Bréfritari: Lárus Bjarnason
Dagsetning: A-1876-05-06
Skrifað á: Vesturheimi

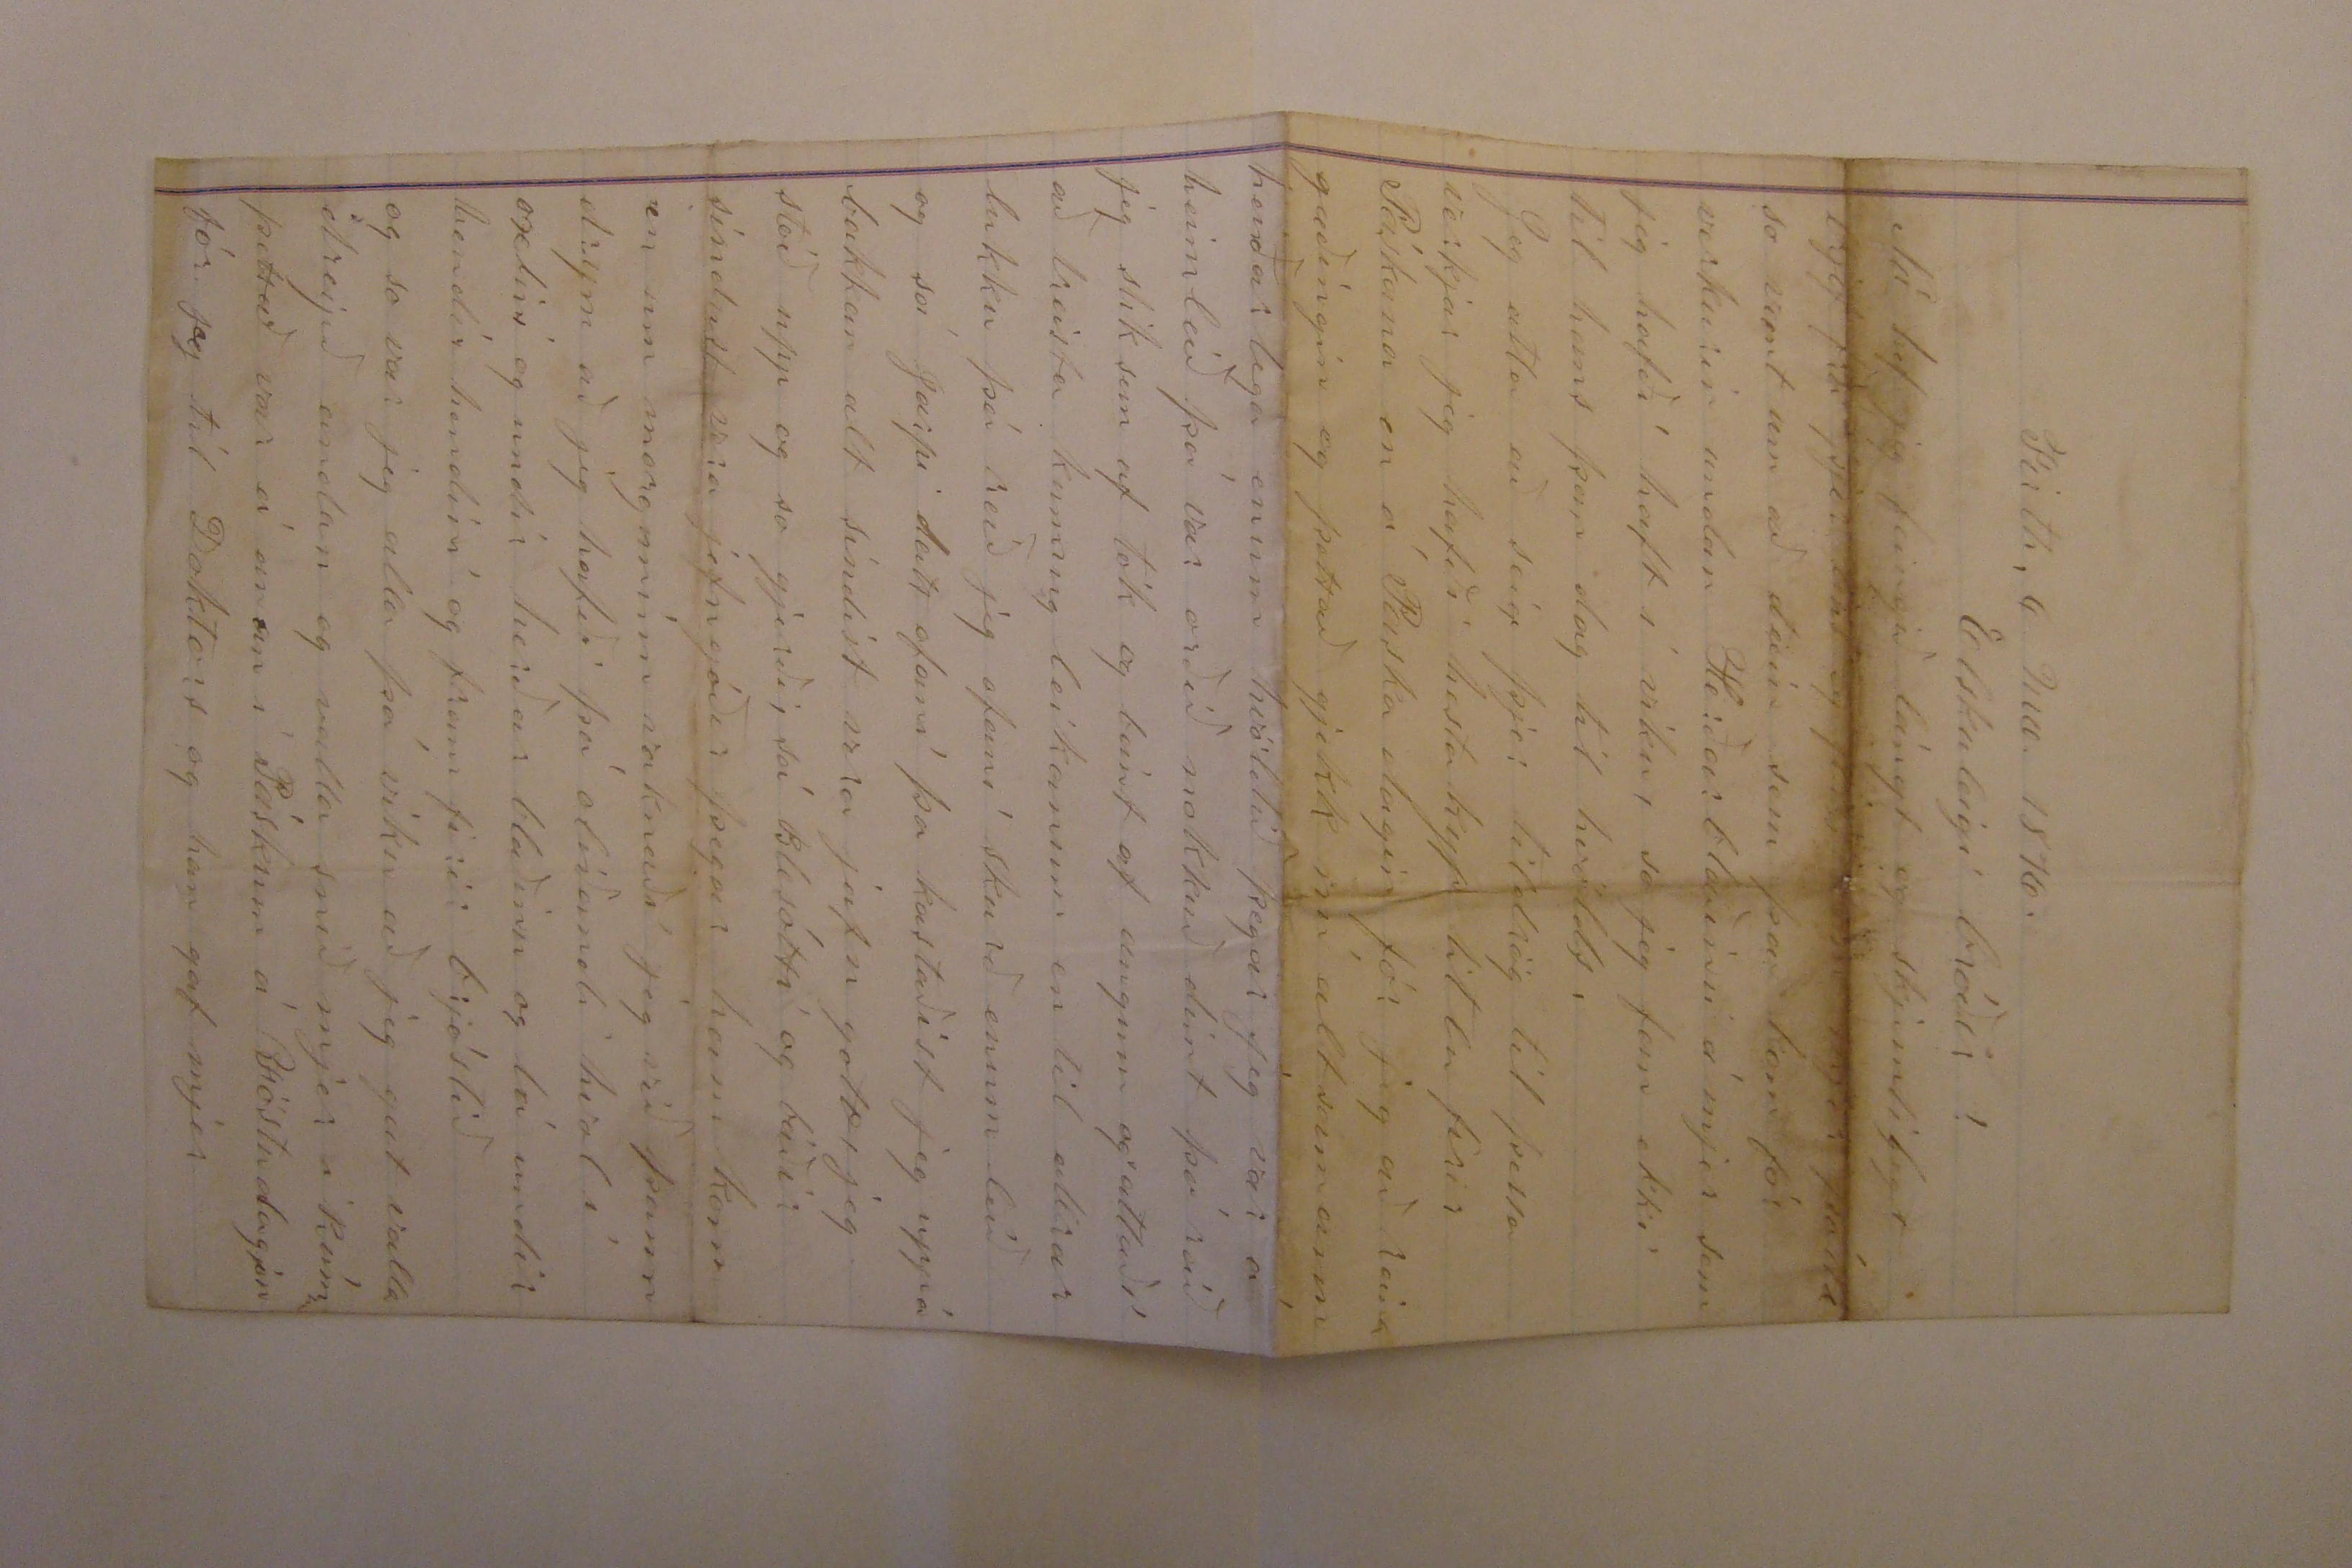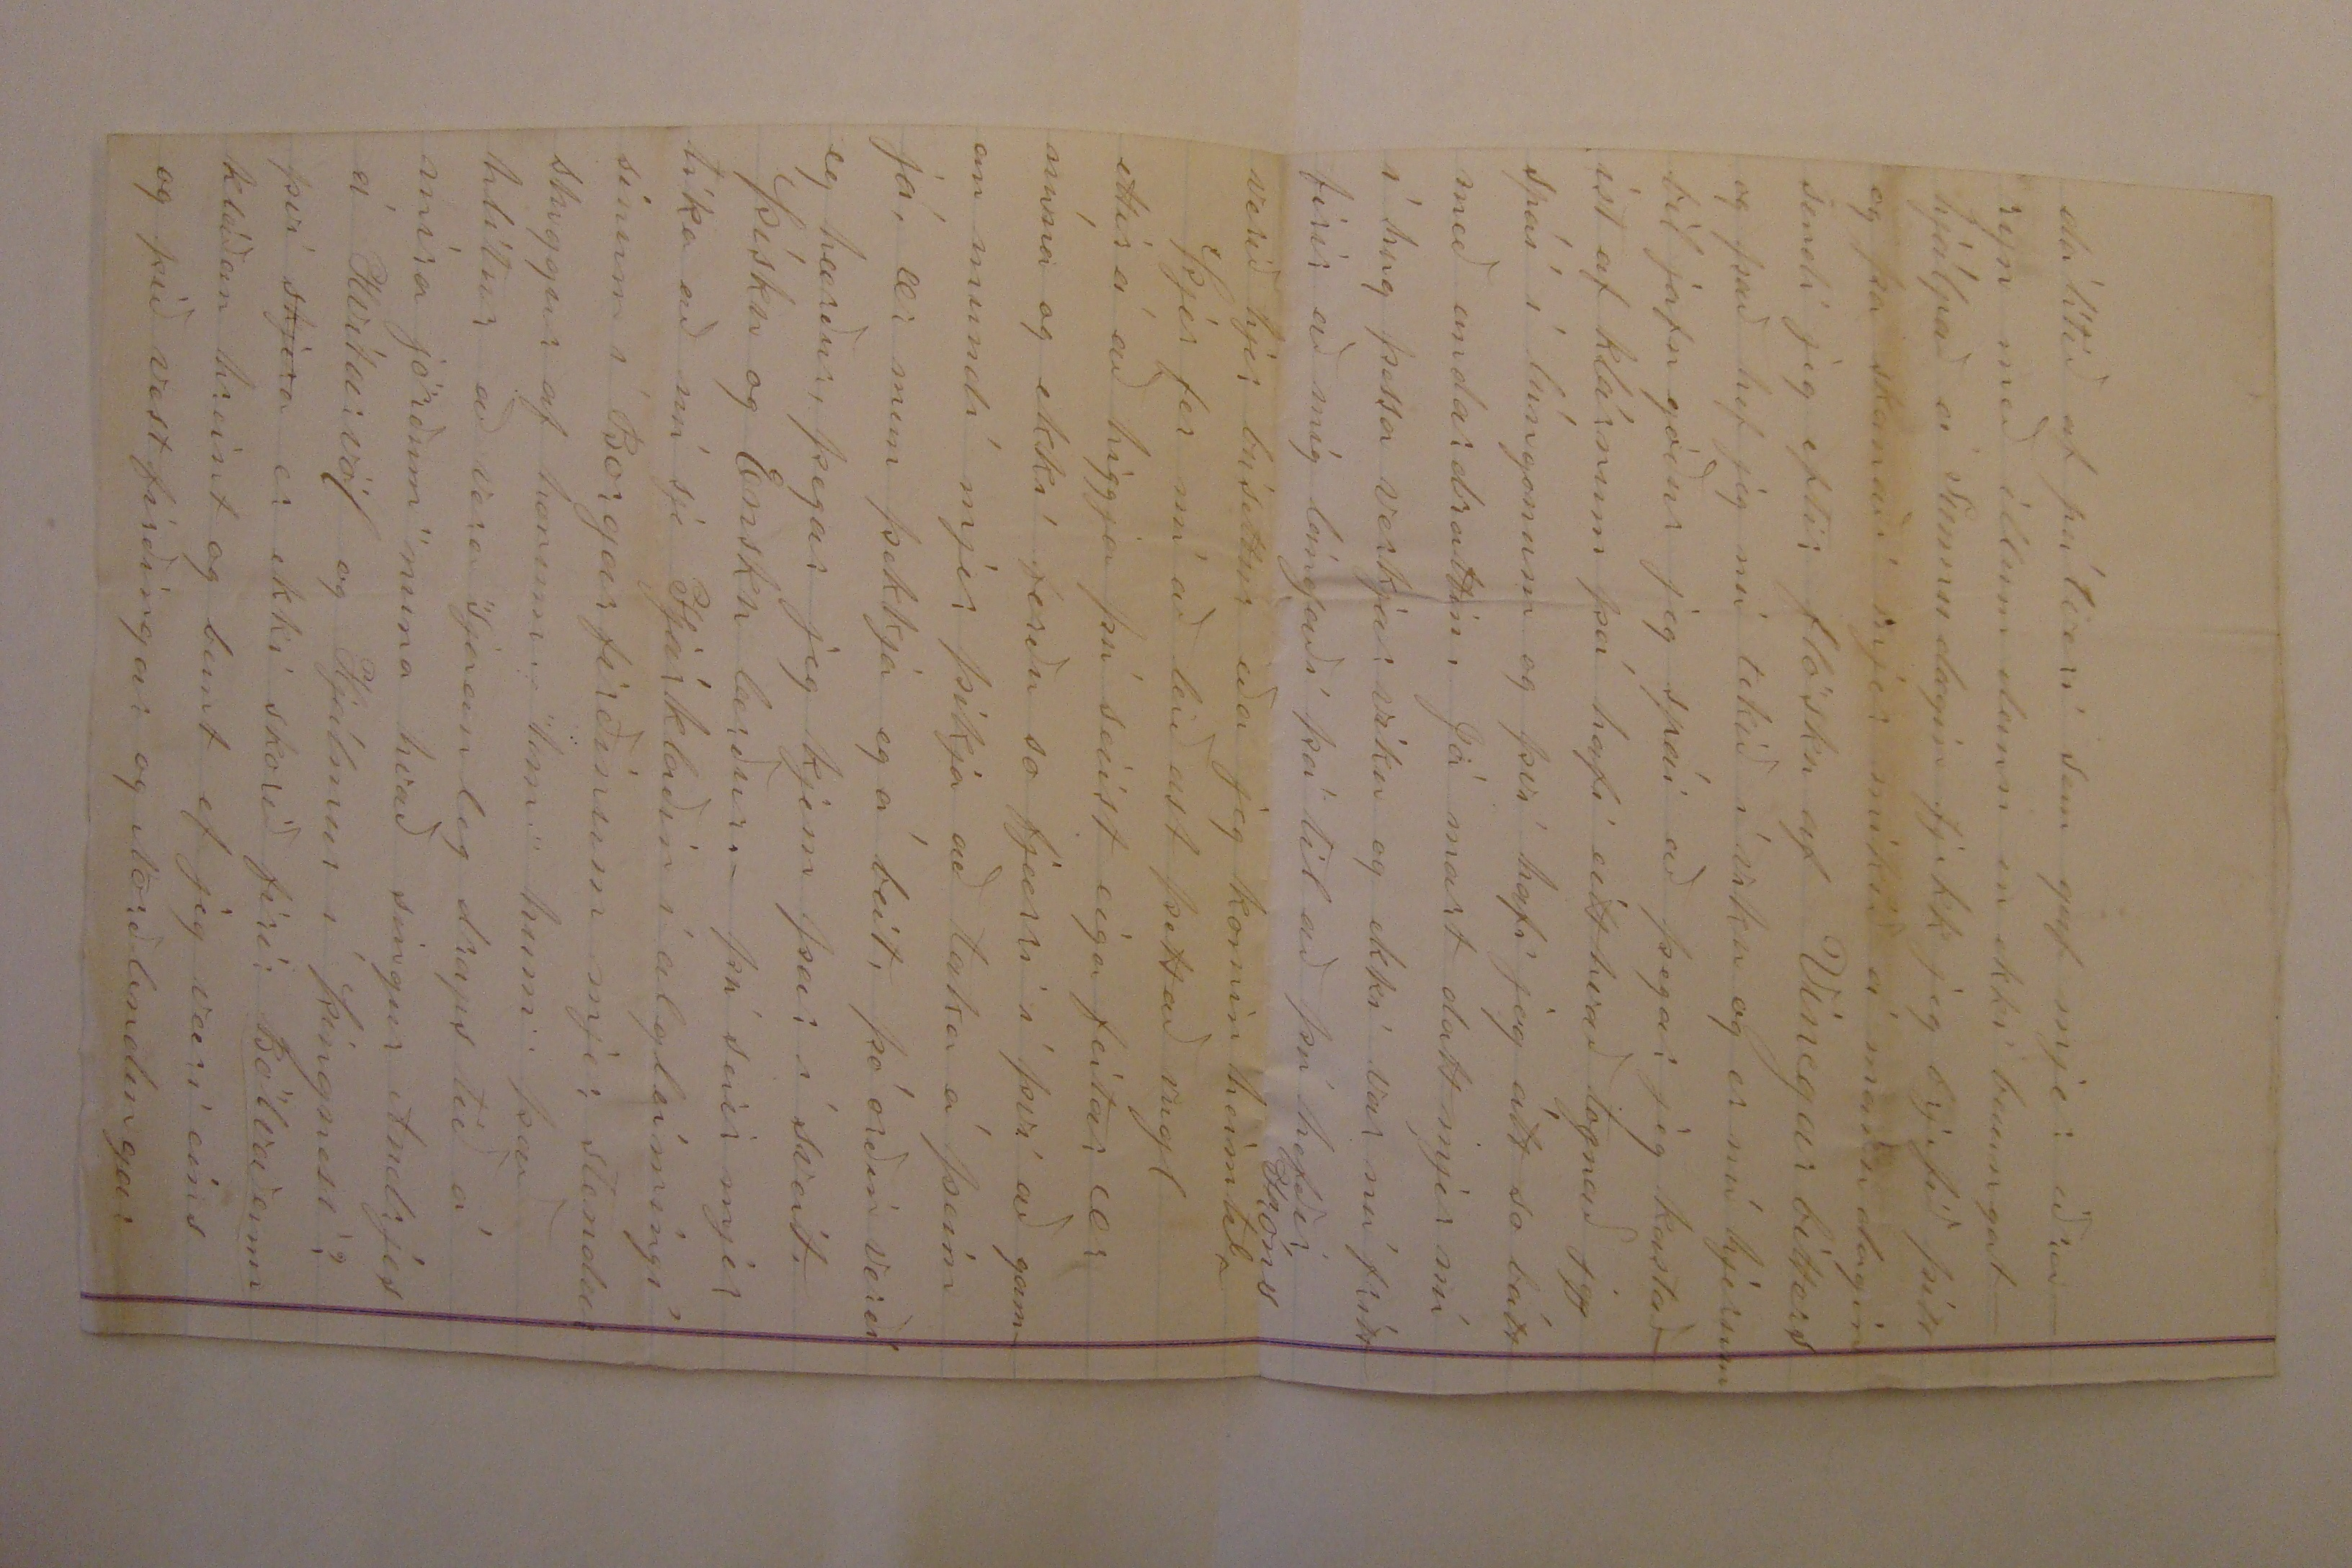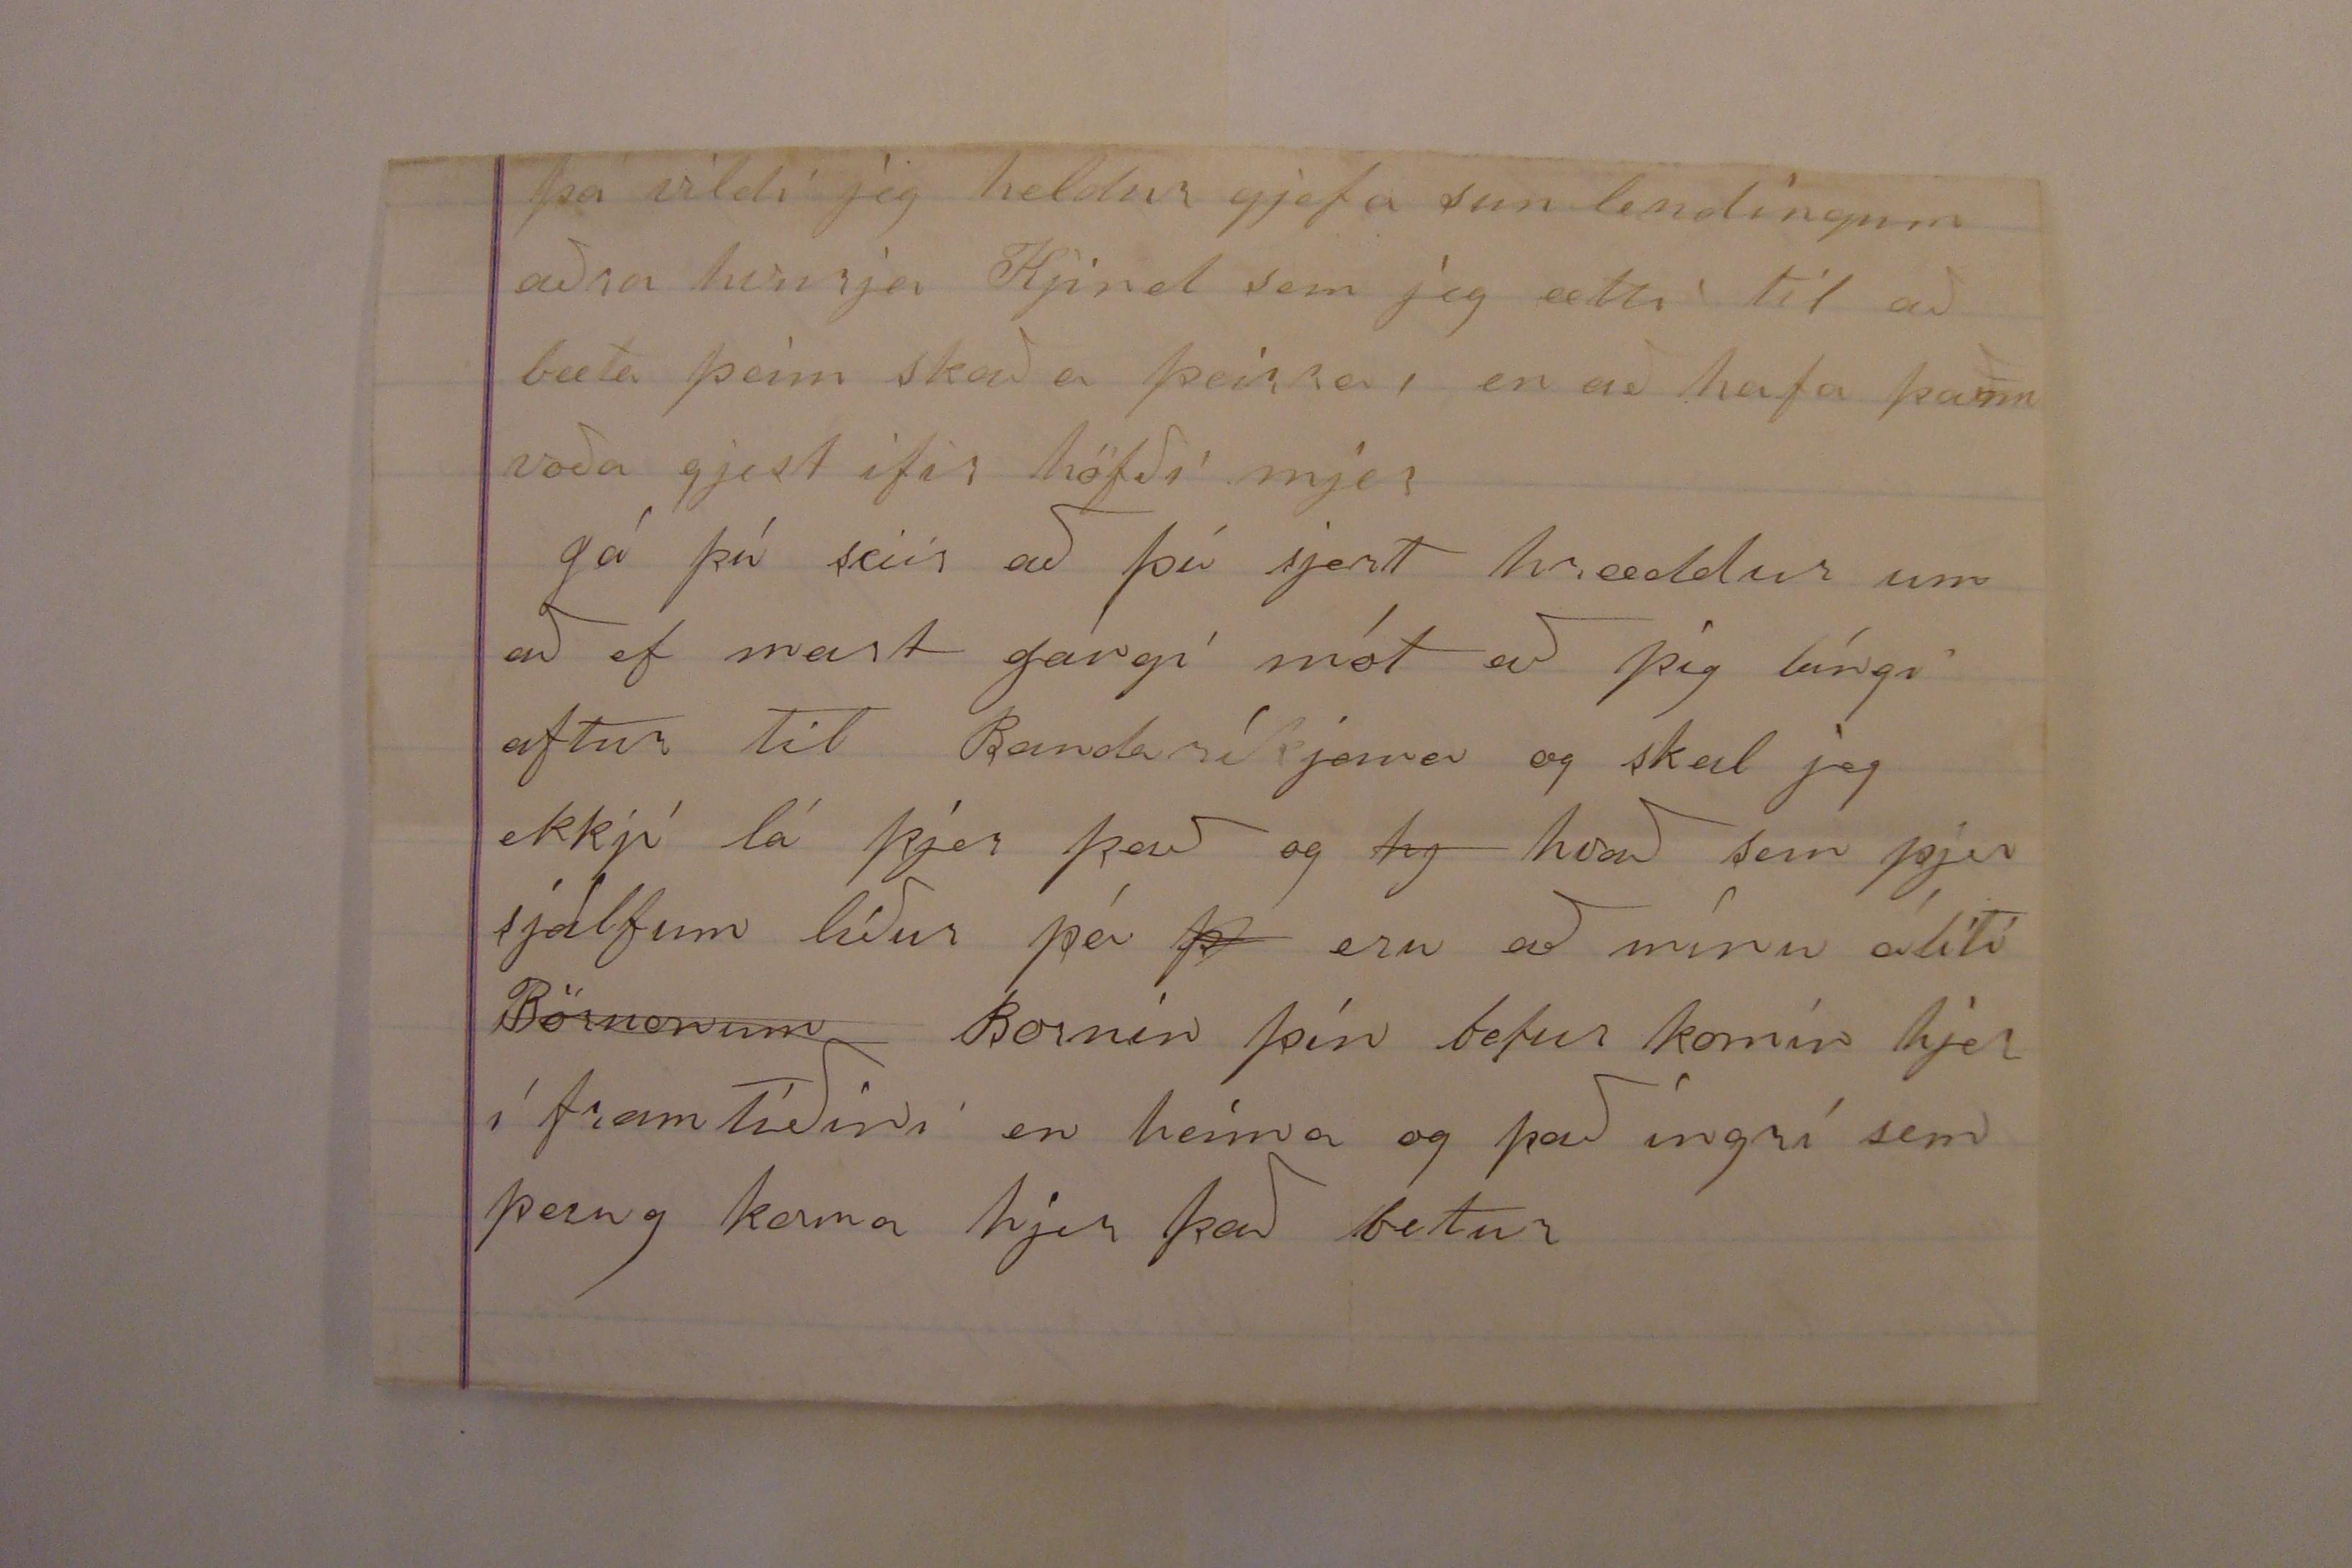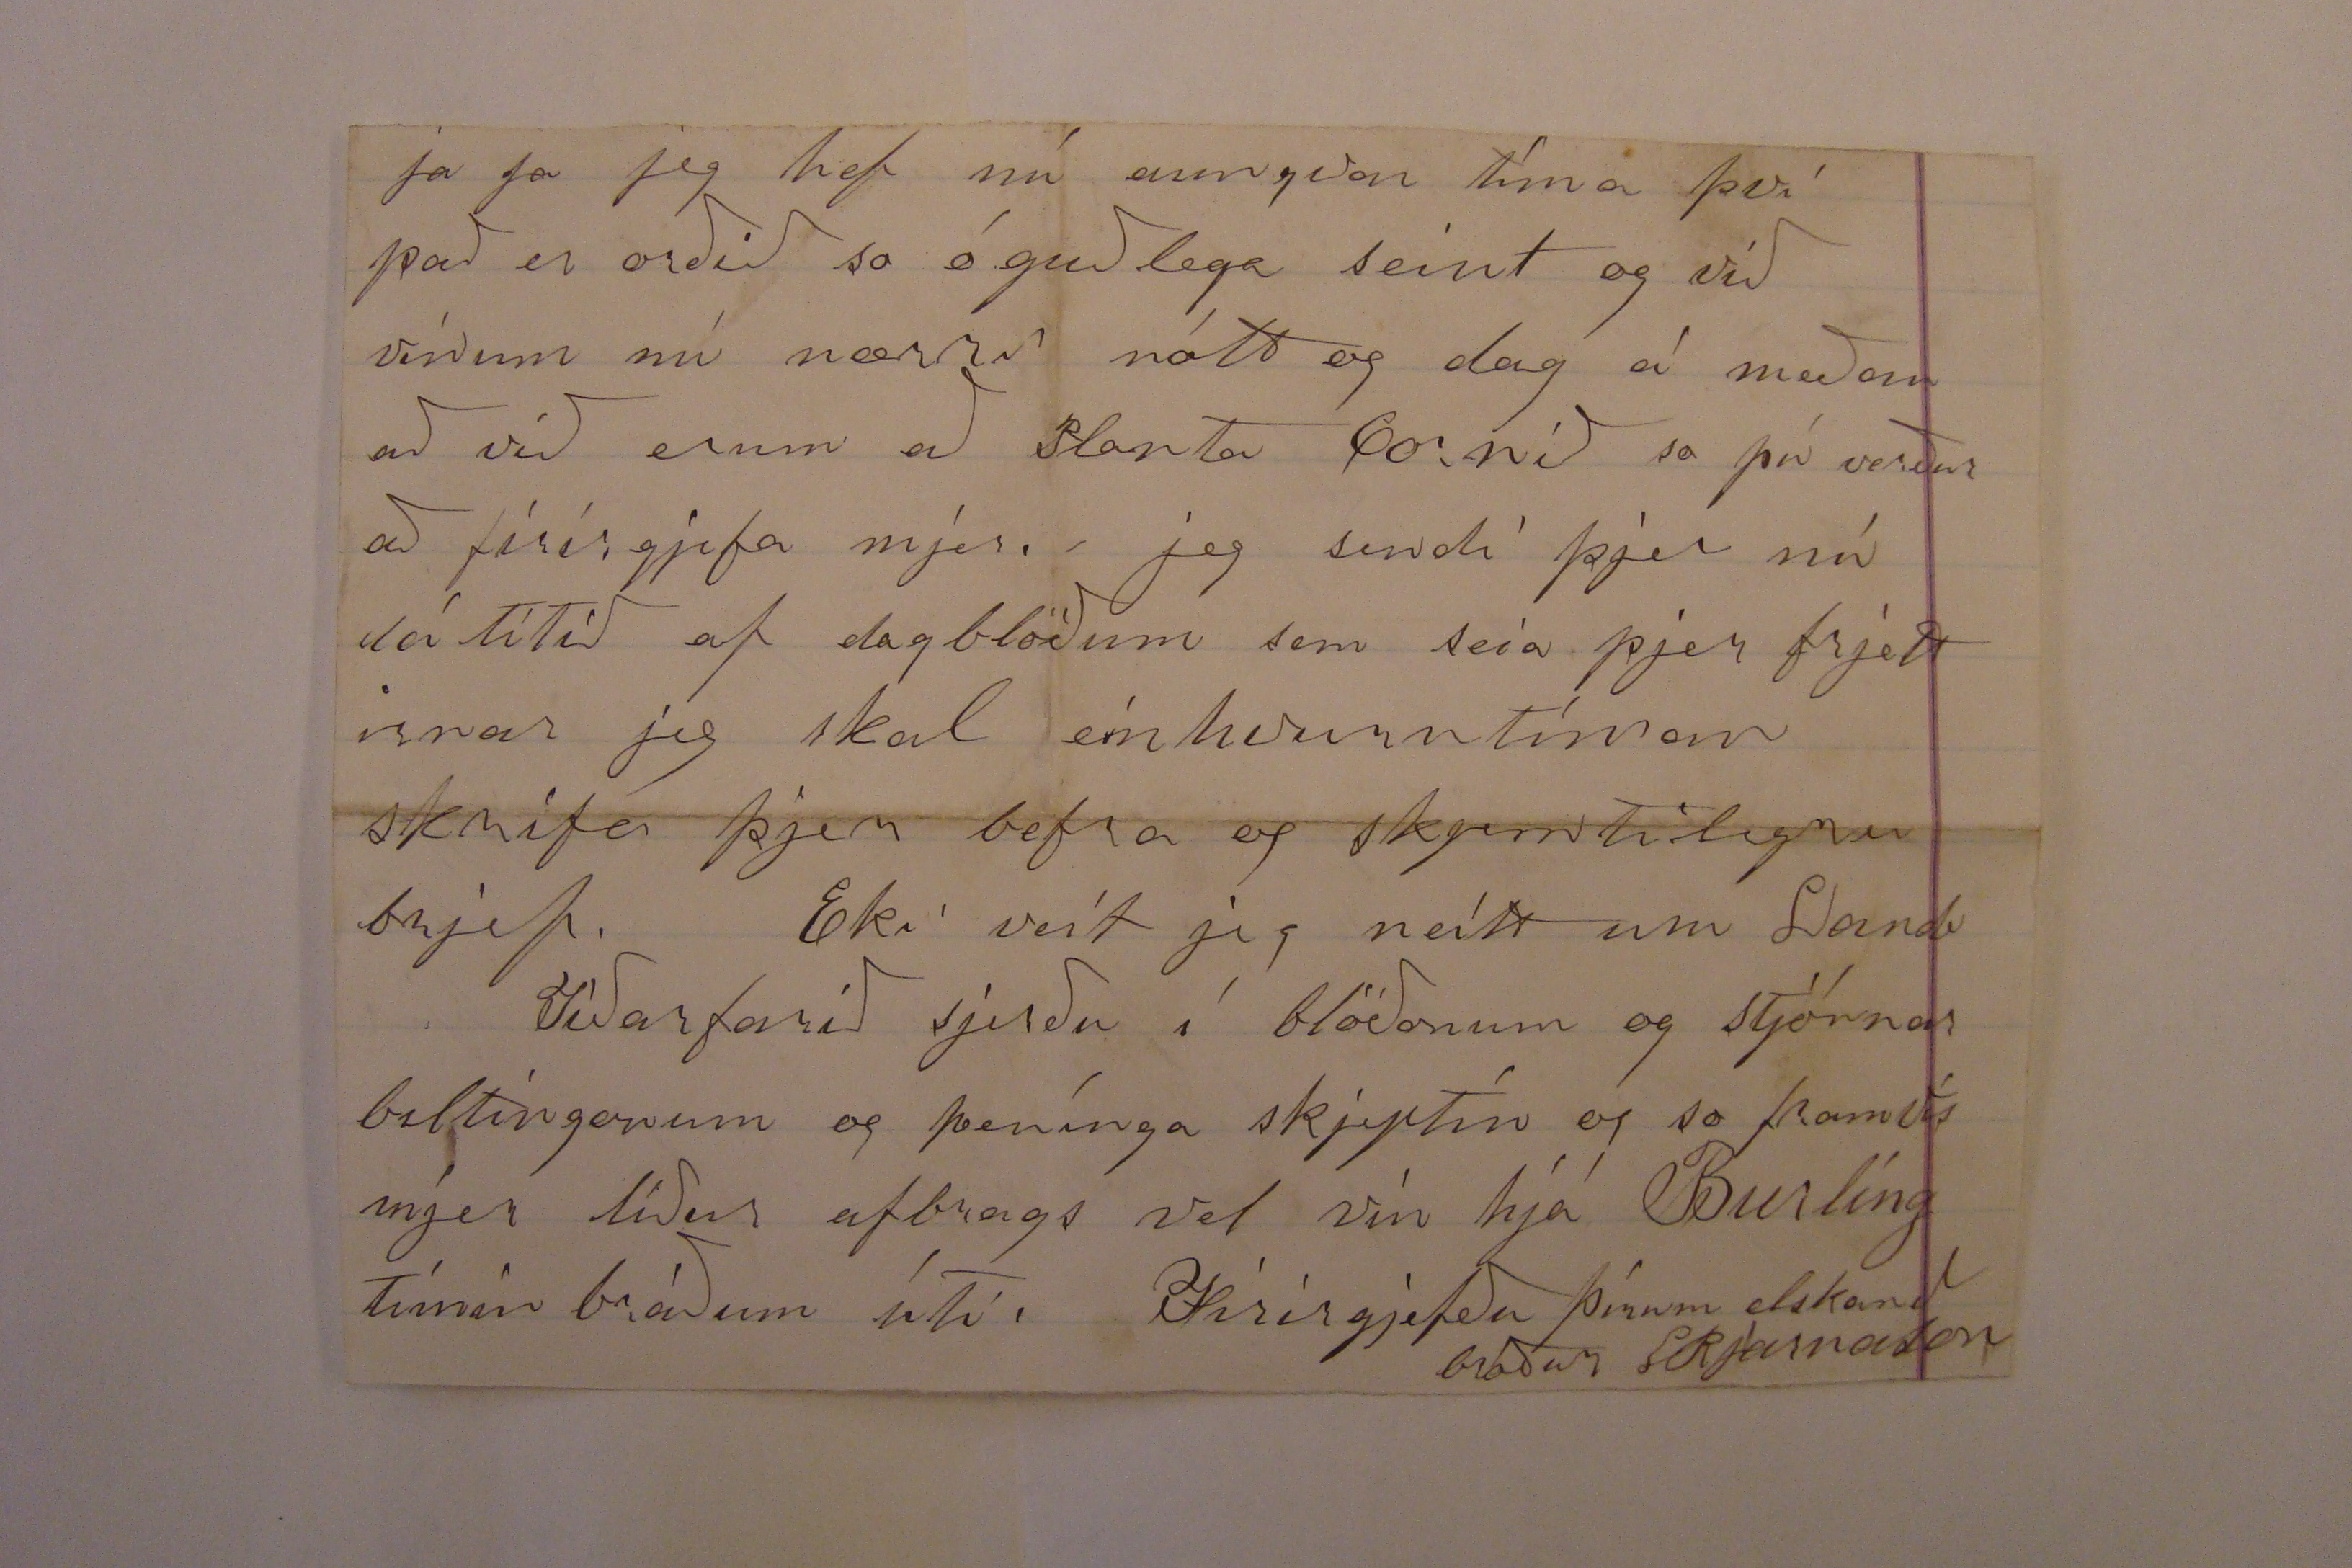

Firth, 6 mæ 1876.
Elskuleigi bróðir!
Nú hef jeg feingið lángt og skjemtilegt brjef frá þjer eins og firri 0000 mjer þótts so vænt um að
deiin
sem það kom fór verkurin undan Heiðarbloðinni á mjer sem jeg hafði haft í viku, so jeg fan ekki til hans þan dag til kvölds.
Jeg atla að seia þjer tildrög til þessa verkjar jeg hafði hestakyp litlu firir Páskana en á Paska dagin fór jeg að reina gæðingin og þettað gjekk nú altsamann heiðarlega enum hvöldið þegar jeg var á heimleið þá var orðið nokkuð dimt þá reið jeg slik sem af tók og beint af augum og atlaði að 0eista kunnug leikanum en til allrar lukku þá reið jeg ofaní skurð enum leið og sá Jarpi datt ofaní þa kastaðist jeg uppá bakkan alt síndist vera jafn gott, jeg stóð upp og so gjerði, sá Blesótti og báðir síndust vera jafngóðir þegar heim kom en um morguninn vaknaði jeg við þann drym að jeg hafði þá olíðandi hvol i oxlini og undir herðar blaðinu og lá undir hendi0 hendini og fram firir brjóstið og so var jeg alla þá viku að jeg gat valla dreijið andan og valla snið mjer í Rúmin þettað var á anan í Páskum á Föstudagjin fór jeg til Doktors og han gaf mjer
dálítið af
púlveri
sem gaf mjer iðra ryn með illum
daun
en ekki b000n gat hjálað á Sunnudæin fjekk jeg brjefið þitt og þa skanaði mjer mikið á manudagin sendi jeg eptir flösku af Vinegar bitters og það hef jeg nú tekið í viku og er nú hjerum bil jafn góður jeg spái að þegar jeg kastaðist af klárnum þá hafi eitthvað tognað jeg spái í lúngonum og því hafi jeg átt so bátt með andardrattin. Já mart datt mjer nú í hug þessa verkjarviku og ekki var nú frítt firir að mig lángaði þá til að þú hefðir verið hjer búsettur eða jeg komin heim til
Fróns
Þjer fer nú að leiðast þettað rugl ettir á að higgja þú seiist eiga feitar ær núna og ekki ferðu so fjærri á því að gaman mundi mjer þikja að taka á þeim já, ær mun þekkja eg á beit, þó orðin verði eg hærður, þegar jeg kjem þar í sveit. Þísku og Ensku lærður. þú seiir mjer líka að nú sje Fjárklaðin í algleimingi sínum í Borgarfirðinum mjer stendur stuggur af honum "000"
hum
það hlítur að vera "Sjaanleg draps tíða á míra jörðum" nuna hvað singur Andrjes á Hvítarvöl og Hjálmur í Þingnesi? því
skjera
er ekki skorið firir
Bölvaðann
kláðan hreint og beint ef jeg væri eins og þið vestfirðingar og Norðlendingar
þa vildi jeg heldur gjefa sunlendingum aðra hvurja Kjind sem jeg ætti til að bæta þeim skaða þeirra, en að hafa þaðan voða gjert ifir höfði mjer
Já þú seiir að þú sjert hræddur um að ef mart gargi mót að þig lángi aftur til Bandaríkjana og skal jeg ekkji lá þjer það og
hj
hvað sem þjer sjálfum líður þá
þ
eru að mínu áliti
Börnonum
Bornin þín betur komin hjer í framtíðini en heima og það íngri sem þaug koma hjer það betur
ja ja jeg hef nú aungvan tíma því það er orðið so óguðlega seint og við vinum nú nærri nótt og dag á meðan að við erum að Blanda Cornið so þú verður að firirgjefa mjer. jeg sendi þjer nú dálítið af dagblöðum sem seia þjer frjettirnar jeg skal einhvurntíman skrifa þjer
befra
og skjemtilegra brjef. Eki veit jeg neitt um Landa
Tíðarfarið sjerðu í blöðonum og stjórnar biltingonum og penínga skjiptin og so
framvís
mjer líður afbrags vel vin hjá Burling tímin bráðum úti. Firirgjefðu þínum elskandi bróður LBjarnason